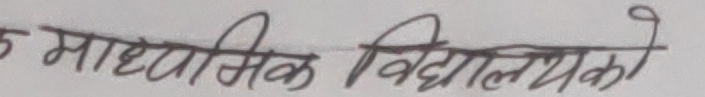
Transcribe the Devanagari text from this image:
माध्यमिक विद्यालयको